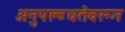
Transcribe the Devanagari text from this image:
अनुपल्ब्धतेवरून